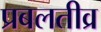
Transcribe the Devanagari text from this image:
प्रबलतीव्र